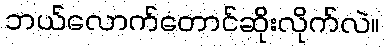
ဘယ်လောက်တောင်ဆိုးလိုက်လဲ။